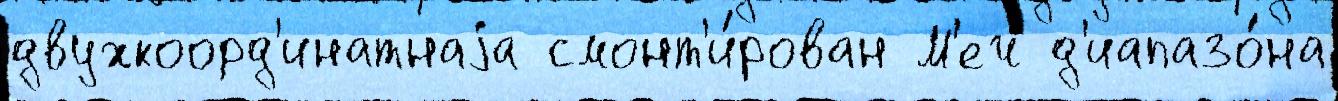
двухкоорд'инатнаjа смонт'и́рован М'еч д'иапазо́на